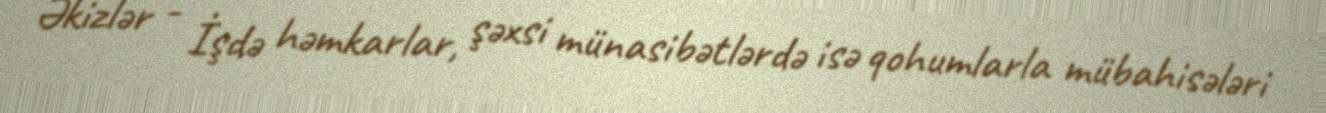
Əkizlər - İşdə həmkarlar, şəxsi münasibətlərdə isə qohumlarla mübahisələri